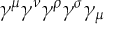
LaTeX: \gamma ^ { \mu } \gamma ^ { \nu } \gamma ^ { \rho } \gamma ^ { \sigma } \gamma _ { \mu }